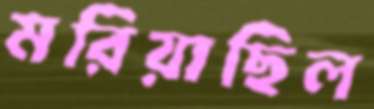
মরিয়াছিল